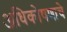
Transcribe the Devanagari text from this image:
अधिकोषणाचे